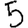
Digit: 5